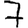
Digit: 7